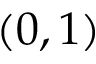
( 0 , 1 )